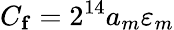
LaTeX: C_{\mathbf{f}}=2^{14}a_{m}\varepsilon_{m}